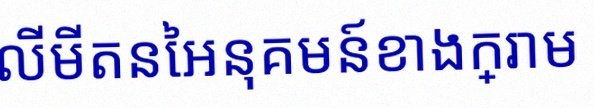
គណនាលីមីតនៃអនុគមន៍ខាងក្រោម